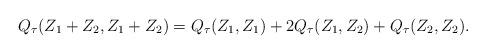
LaTeX: \begin{align*} Q_{\tau}(Z_{1}+Z_{2},Z_{1}+Z_{2})=Q_{\tau}(Z_{1},Z_{1})+2Q_{\tau}(Z_{1},Z_{2})+Q_{\tau}(Z_{2},Z_{2}).\end{align*}